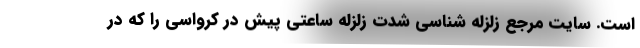
است. سایت مرجع زلزله شناسی شدت زلزله ساعتی پیش در کرواسی را که در